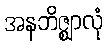
အနဘိဇ္ဈာလုံ